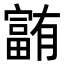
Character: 𪧰